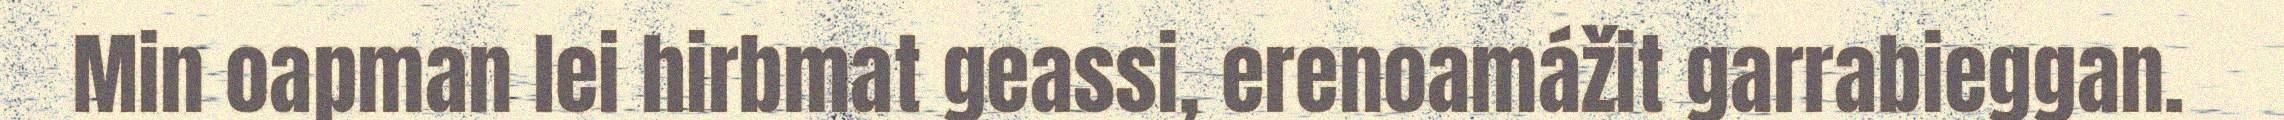
Min oapman lei hirbmat geassi, erenoamážit garrabieggan.